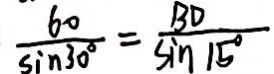
\frac { 6 0 } { \sin 3 0 ^ { \circ } } = \frac { B D } { \sin 1 5 ^ { \circ } }